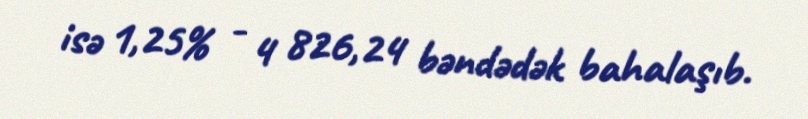
isə 1,25% - 4 826,24 bəndədək bahalaşıb.